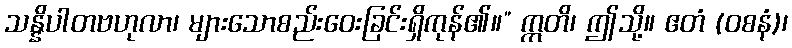
သန္နိပါတဗဟုလာ၊ များသောစည်းဝေးခြင်းရှိကုန်၏။” ဣတိ၊ ဤသို့။ ဧတံ (ဝစနံ)၊